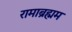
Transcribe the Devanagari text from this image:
रामाब्रह्मम